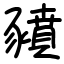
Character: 豶